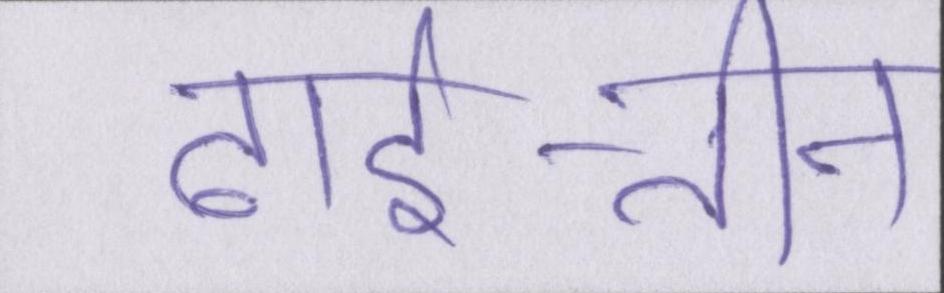
ढाई-तीन